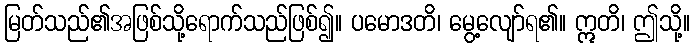
မြတ်သည်၏အဖြစ်သို့ရောက်သည်ဖြစ်၍။ ပမောဒတိ၊ မွေ့လျော်ရ၏။ ဣတိ၊ ဤသို့။